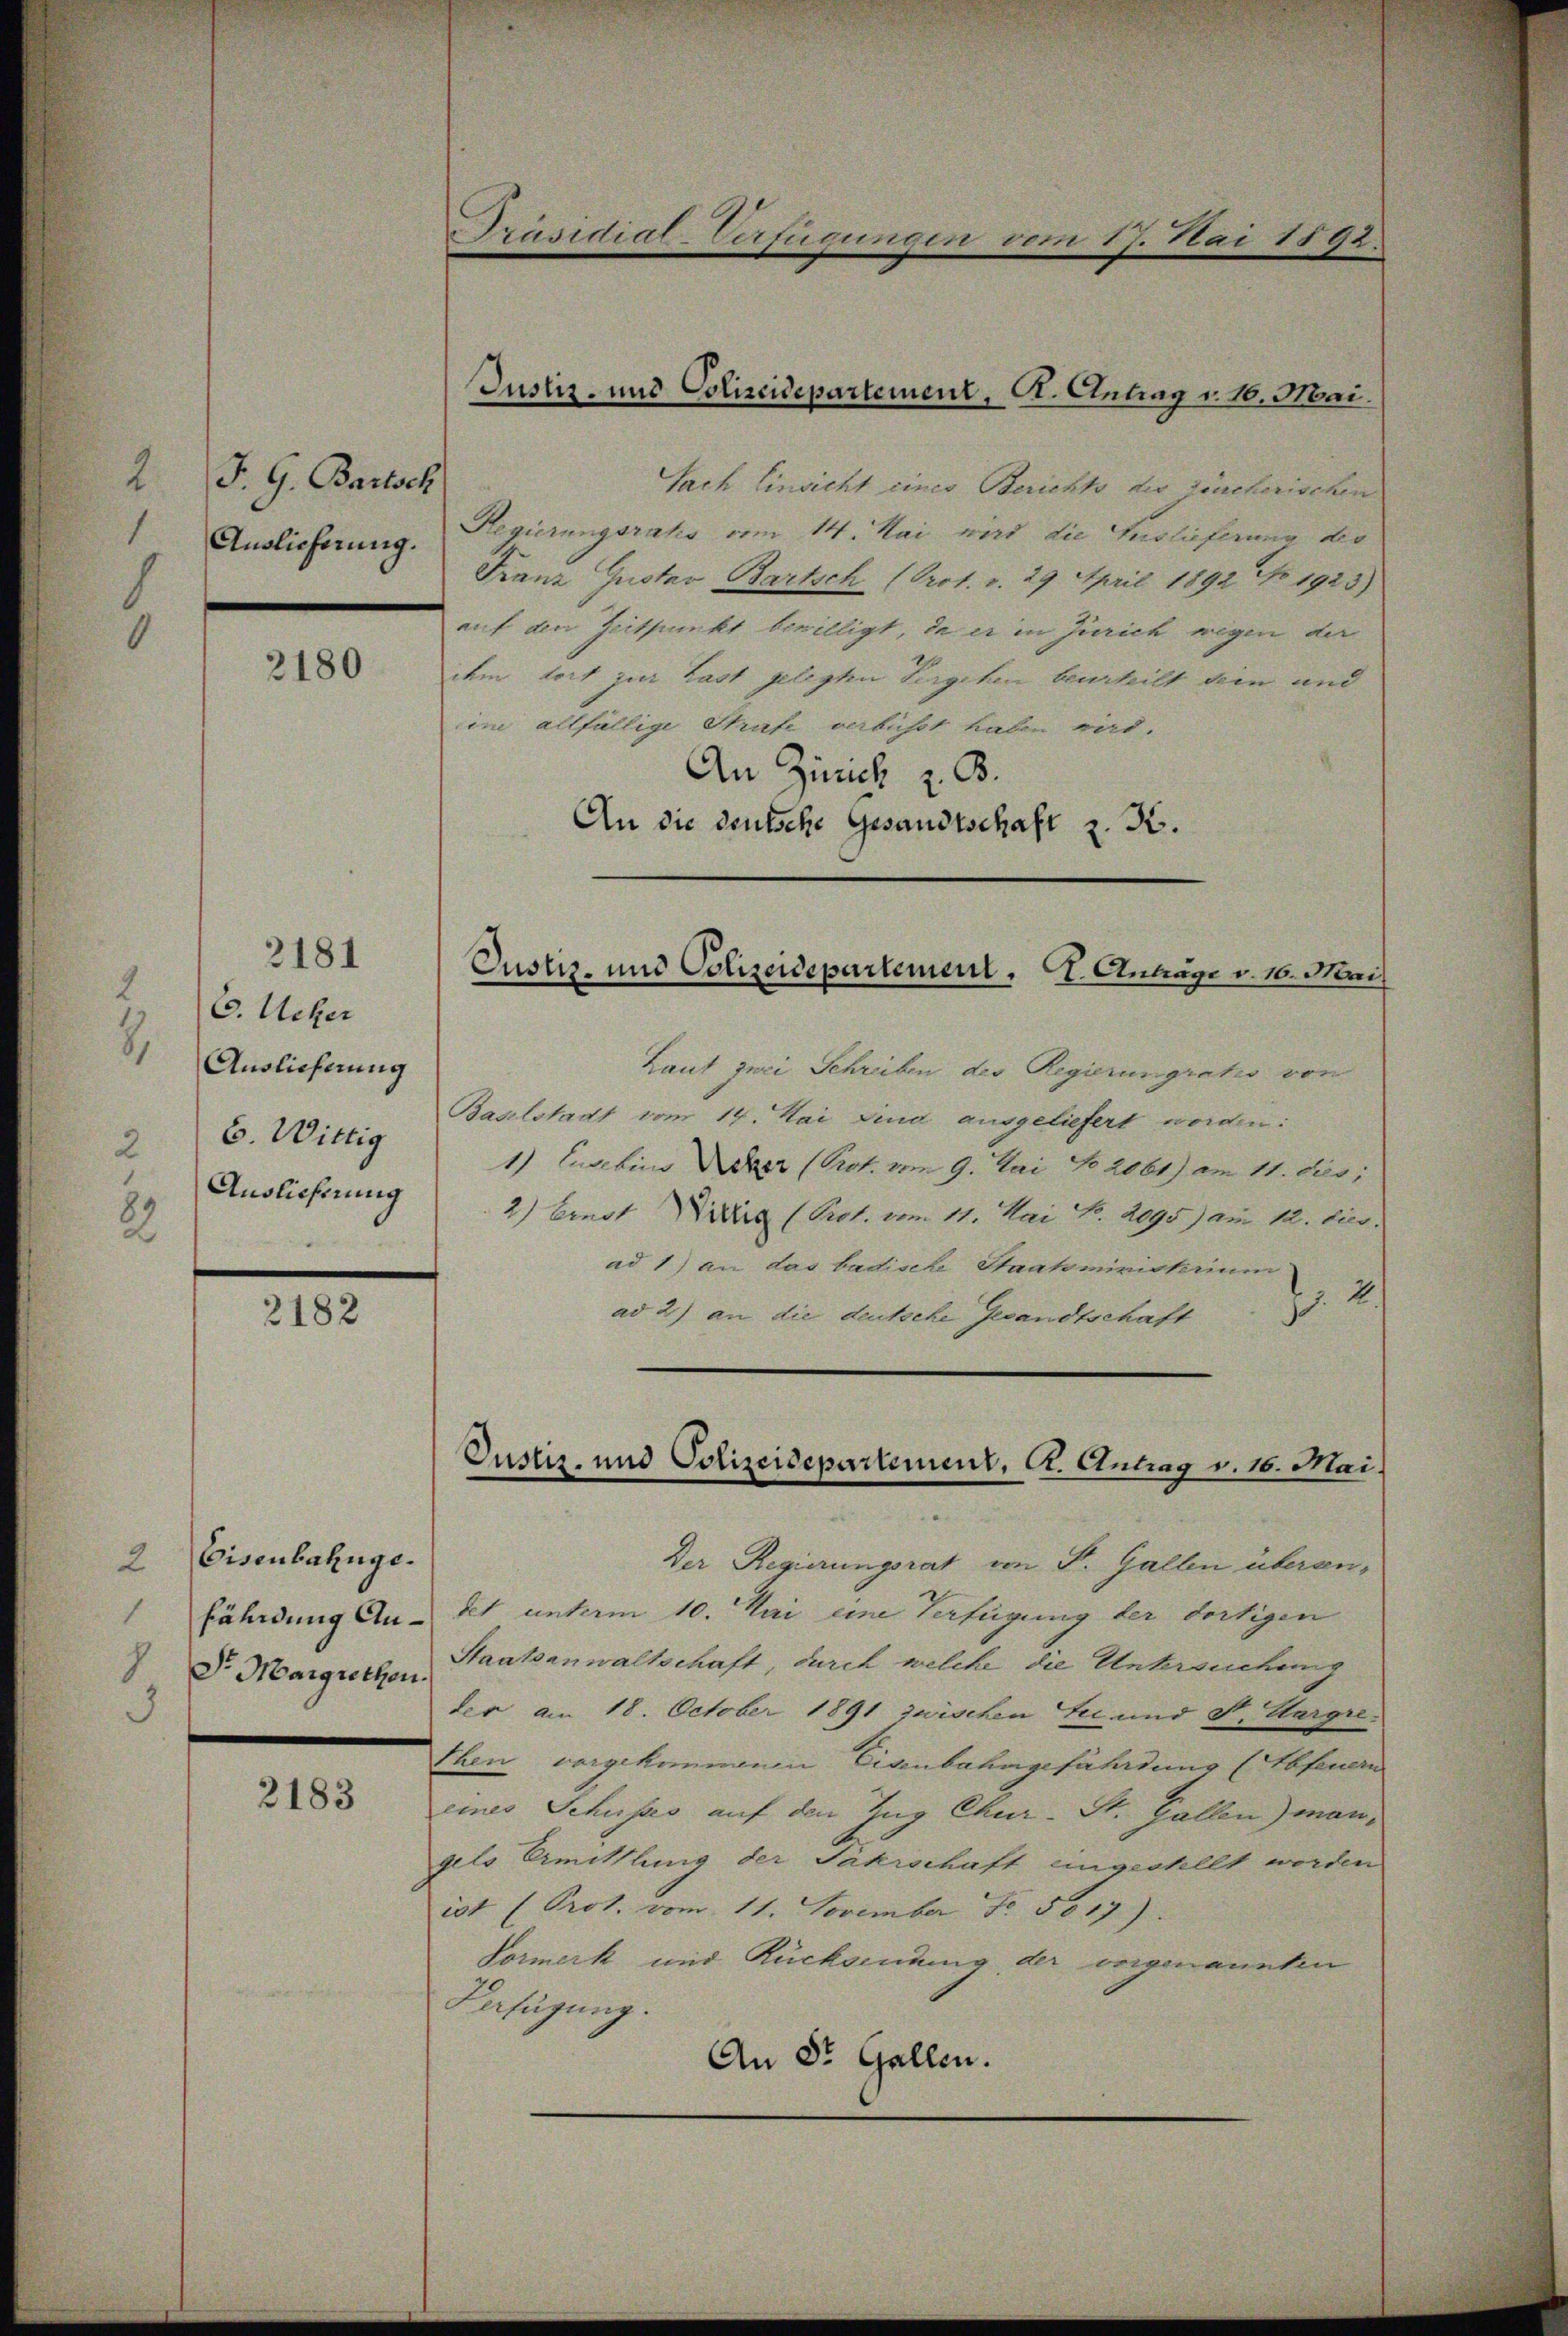
2
J. G. Bartsch
1
Auslieferung.

2180

2181
2
C. Ueber
3.
Auslieferung
6. Wiltig
2
Auslieferung
23

2182

Eisenbahnge.
1
fährdung An¬
Sr Margrechen.

2183

Sach Einsicht eines Berichts der Leucherischen
Regierungsrats vom 14. Mai wird die Auslieferung des
Franz Gustav Bartsch (Prot. v. 29. April 1892 No 1923)
auf den Zeitpunkt bewilligt, da er in Zürich wegen der
ihm dort zur Last gelegten Vergehen beurteilt dein und
in allfällige Strafe verbüsst haben wird.
An Zürich z. B.
An die deutsche Gesandtschaft z. K.

Präsidial-Verfügungen vom 17. Mai 1892.

Justiz- und Polizeidepartement, St. Antrag v. 16. Mai.

Justiz- und Polizeidepartement. Ct. Antrage v. 16. Mai

Justiz- und Polizeidepartement. A. Antrag v. 16. Mai

Laut zwei Schreiben des Regierungratis von
Baselstadt vom 14. Mai sind ausgeliefert worden:
1) Ensebins Weber (Prot. vom 9. Mai No 2061) am 11. dies;
2) Ernst Niciis (Prot. vom 11. Mai S. 2095) am 12. dies
ad 1) an das badische Staatsministerium
. 2
ad 2) an die deutsche Gesandtschaft
Der Regierungsrat von F. Gallen überandet unterm 10. Mai eine Verfügung der dortigen
Staatsanwaltschaft, durch welche die Untersuchung
der am 18. October 1891 zwischen sei und St. Margre
Then vorgekommenen Eisenbahngefährdung (Abfeuern
eines Schusses auf den Zug Chur-St. Gallen) mangels Ermittlung der Fahrschaft ungestellt worden
ist (Prot. vom 11. November No. 5017).
Vormerk und Rücksendung der vorgenannten
Verfügung.
An St. Gallen.